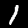
Digit: 1